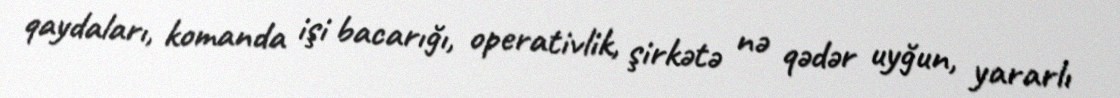
qaydaları, komanda işi bacarığı, operativlik, şirkətə nə qədər uyğun, yararlı